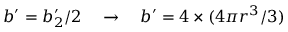
b ^ { \prime } = b _ { 2 } ^ { \prime } / 2 \quad \rightarrow \quad b ^ { \prime } = 4 \times ( 4 \pi r ^ { 3 } / 3 )